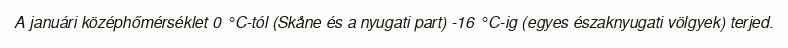
A januári középhőmérséklet 0 °C-tól (Skåne és a nyugati part) -16 °C-ig (egyes északnyugati völgyek) terjed.